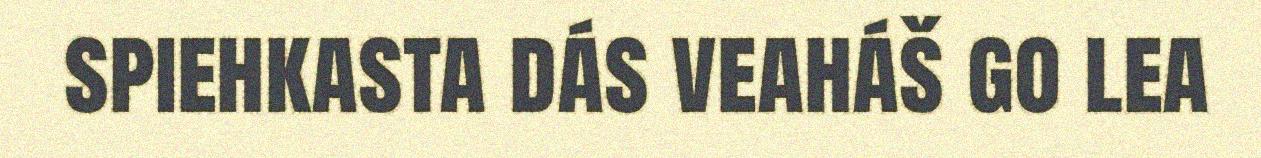
spiehkasta dás veaháš go lea